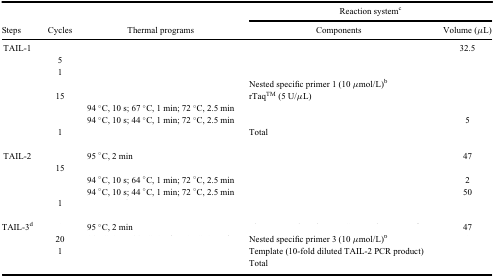
<table><thead><tr><td>[EMPTY_CELL]</td><td>[EMPTY_CELL]</td><td>[EMPTY_CELL]</td><td colspan="2"><b>Reaction system<sup>c</sup></b></td></tr><tr><td><b>Steps</b></td><td><b>Cycles</b></td><td><b>Thermal programs</b></td><td><b>Components</b></td><td><b>Volume (μL)</b></td></tr></thead><tbody><tr><td rowspan="8">TAIL-1</td><td>[EMPTY_CELL]</td><td>[EMPTY_CELL]</td><td>[EMPTY_CELL]</td><td>32.5</td></tr><tr><td>5</td><td>[EMPTY_CELL]</td><td>[EMPTY_CELL]</td><td>[EMPTY_CELL]</td></tr><tr><td rowspan="2">1</td><td rowspan="2">[EMPTY_CELL]</td><td>[EMPTY_CELL]</td><td>[EMPTY_CELL]</td></tr><tr><td>Nested specific primer 1 (10 μmol/L)<sup>b</sup></td><td>[EMPTY_CELL]</td></tr><tr><td rowspan="3">15</td><td>[EMPTY_CELL]</td><td>rTaqTM (5 U/μL)</td><td>[EMPTY_CELL]</td></tr><tr><td>94 °C, 10 s; 67 °C, 1 min; 72 °C, 2.5 min</td><td>[EMPTY_CELL]</td><td>[EMPTY_CELL]</td></tr><tr><td>94 °C, 10 s; 44 °C, 1 min; 72 °C, 2.5 min</td><td>[EMPTY_CELL]</td><td>5</td></tr><tr><td>1</td><td>[EMPTY_CELL]</td><td>Total</td><td>[EMPTY_CELL]</td></tr><tr><td>[EMPTY_CELL]</td><td>[EMPTY_CELL]</td><td>[EMPTY_CELL]</td><td>[EMPTY_CELL]</td><td>[EMPTY_CELL]</td></tr><tr><td rowspan="5">TAIL-2</td><td>[EMPTY_CELL]</td><td>95 °C, 2 min</td><td>[EMPTY_CELL]</td><td>47</td></tr><tr><td rowspan="3">15</td><td>[EMPTY_CELL]</td><td>[EMPTY_CELL]</td><td>[EMPTY_CELL]</td></tr><tr><td>94 °C, 10 s; 64 °C, 1 min; 72 °C, 2.5 min</td><td>[EMPTY_CELL]</td><td>2</td></tr><tr><td>94 °C, 10 s; 44 °C, 1 min; 72 °C, 2.5 min</td><td>[EMPTY_CELL]</td><td>50</td></tr><tr><td>1</td><td>[EMPTY_CELL]</td><td>[EMPTY_CELL]</td><td>[EMPTY_CELL]</td></tr><tr><td>[EMPTY_CELL]</td><td>[EMPTY_CELL]</td><td>[EMPTY_CELL]</td><td>[EMPTY_CELL]</td><td>[EMPTY_CELL]</td></tr><tr><td rowspan="4">TAIL-3<sup>d</sup></td><td>[EMPTY_CELL]</td><td>95 °C, 2 min</td><td>[EMPTY_CELL]</td><td>47</td></tr><tr><td>20</td><td>[EMPTY_CELL]</td><td>Nested specific primer 3 (10 μmol/L)<sup>b</sup></td><td>[EMPTY_CELL]</td></tr><tr><td>1</td><td>[EMPTY_CELL]</td><td>Template (10-fold diluted TAIL-2 PCR product)</td><td>[EMPTY_CELL]</td></tr><tr><td>[EMPTY_CELL]</td><td>[EMPTY_CELL]</td><td>Total</td><td>[EMPTY_CELL]</td></tr></tbody></table>